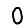
Digit: 0